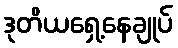
ဒုတိယရှေ့နေချုပ်